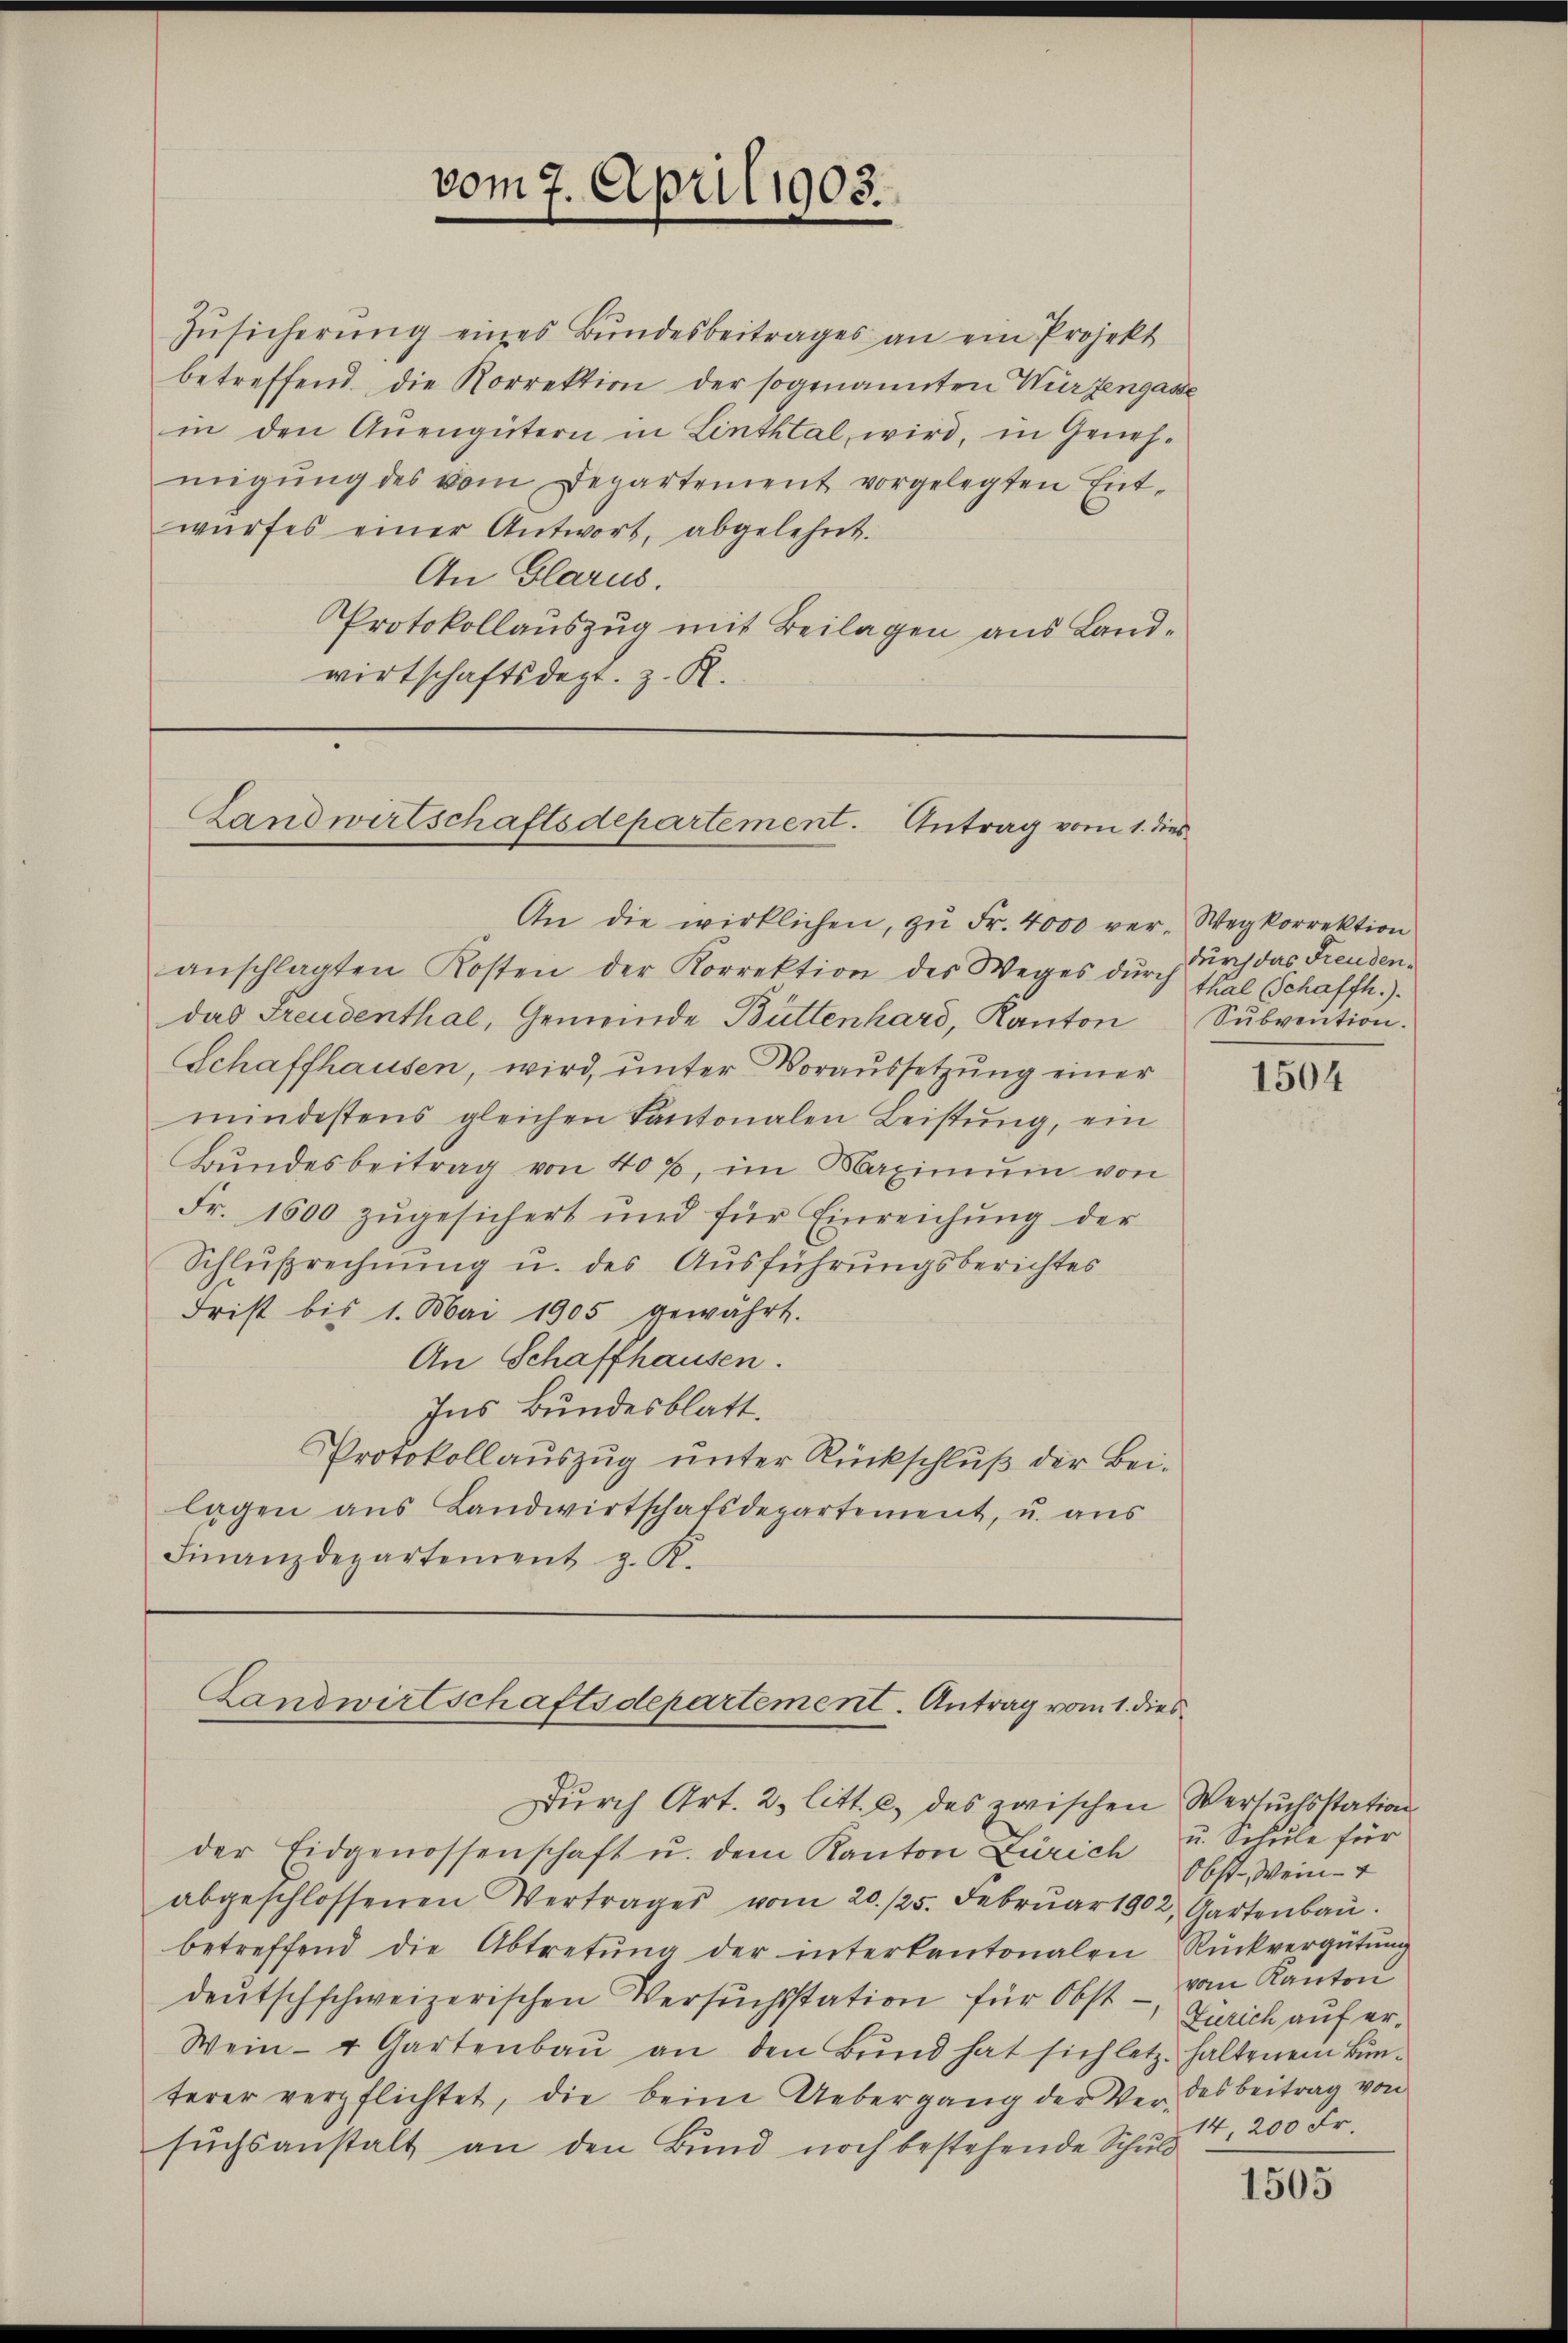
vom 7. April 1903.

Zŭsicherŭng eines Bŭndesbeitrages an ein Projekt
betreffend, die Korrektion der sogenannten Wurzengasse
in den Auengütern in Linthtal, wird, in Genehmigŭng des vom Departement vorgelegten Entwŭrfes einer Antwort, abgelehnt.
An Glarus.
Protokollauszug mit Beilagen aus Landwirtschaftsdept. z. R.

Landwirtschaftsdepartement. Antrag vom 1. dies

An die wirklichen, zŭ Fr. 4000 ver-Wegkorrektion
anschlagten Kosten der Korrektion des Weges dŭrch thal Schaffh.).
das Freudenthal, Gemeinde Büttenhard, Kanton
Schaffhausen, wird, unter Voraussetzung einer
mindestens gleichen Kantonalen Leistung, ein
Bŭndesbeitrag von 40%, im Maximŭm von
Fr. 1600 zŭgesichert und für Einreichŭng der
Schlußrechnung u. des Ausführungsberichtes
Frist bis 1. Mai 1905 gewährt.
An Schaffhausen.
Ins Bundesblatt.
Protokollauszug unter Rückschluß der Bei-
lagen aus Landwirtschafsdepartement, u. aus
Finanzdepartement z. K.

Landwirtschaftsdepartement. Antrag vom 1. dies

Dŭrch Art. 2. litt. c. des zwischen Versuchsstation

durch das Freuden¬
Subvention.

der Eidgenossenschaft u. dem Kanton Zürich u. Schule für
abgeschlossenen Vertrages vom 20. 125. Febrŭar 1902, Gartenbaŭ.
betreffend die Abtretŭng der interkantonalen Rückvergütŭng
deŭtschschweizerischen Versŭchsstation für Obst - von Kanton
Wein- u Gartenbau an den Bund hat sich letz haltenem Bunterer verpflichtet, die beim Uebergang der Ver- des Beitrag von
sŭchsanstalt an den Bund noch bestehende Schuld

1504

Obst. Wein- +
Zürich auf er¬
14, 200 Fr.

1505